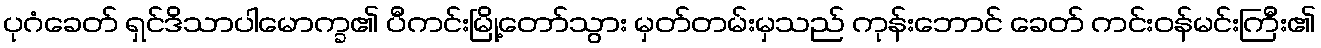
ပုဂံခေတ် ရှင်ဒိသာပါမောက္ခ၏ ပီကင်းမြို့တော်သွား မှတ်တမ်းမှသည် ကုန်းဘောင် ခေတ် ကင်းဝန်မင်းကြီး၏